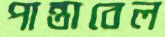
পান্তাবেল